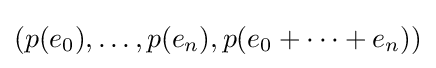
(p(e_{0}),\ldots ,p(e_{n}),p(e_{0}+\cdots +e_{n}))